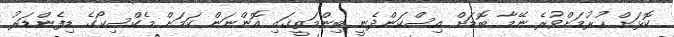
ކޮޅަށް ހުރުމަށްވުރެ ނޭމާ ބޮޑަށް އިސްކަންދެނީ ބިންމަތީގައި އޮންނަން ކަމަށް މެކްސިކޯގެ ޑިފެންޑަރު